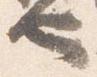
也